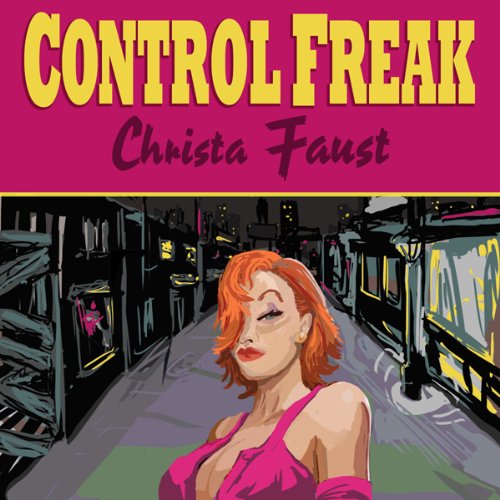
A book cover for Control Freak; Christa Faust; Romance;